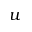
u